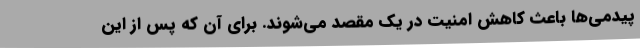
پیدمی‌ها باعث کاهش امنیت در یک مقصد می‌شوند. برای آن ‌که پس از این